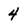
Character: 4